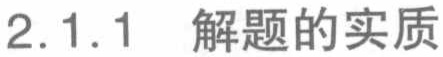
2.1.1 解题的实质